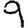
Digit: 9